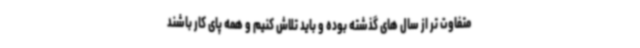
متفاوت تر از سال های گذشته بوده و باید تلاش کنیم و همه پای کار باشند